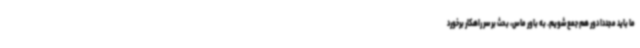
ما باید مجددا دور هم جمع شویم. به باور ماس، بحث بر سر راهکار برخورد